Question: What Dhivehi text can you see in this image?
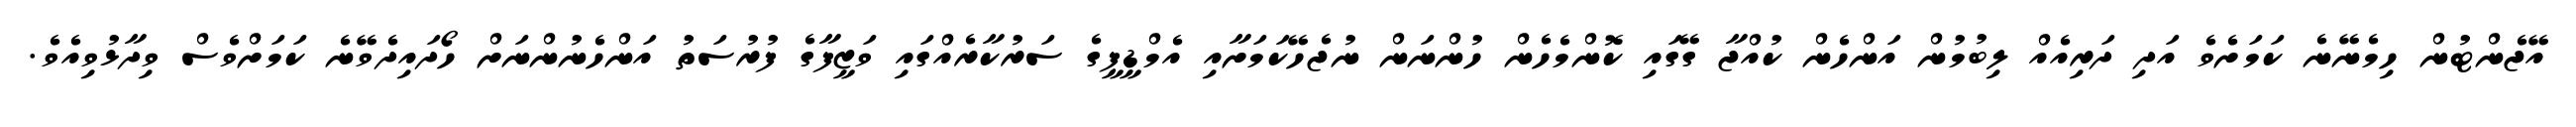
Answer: އޭޖެންޓުން ހިމެނޭނެ ކަމަށެވެ އަދި ދަރިއެއް ލިބުމުން އަންހެން ކުއްޖާ ގޭގައި ކޮންމެހެން ހުންނަން ނުޖެހޭކަމަށާއި އެމްޑީޕީގެ ސަރުކާރެއްގައި ވަޒީފާގެ ފުރުސަތު އަންހެނުންނަށް ހޯދައިދެވޭނެ ކަމަށްވެސް ވިދާޅުވިއެވެ.